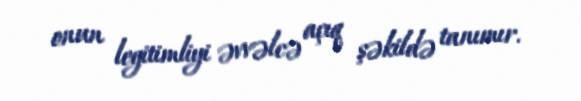
onun legitimliyi əvvəlcə açıq şəkildə tanımır.